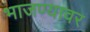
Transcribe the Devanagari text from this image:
भाजण्यावर